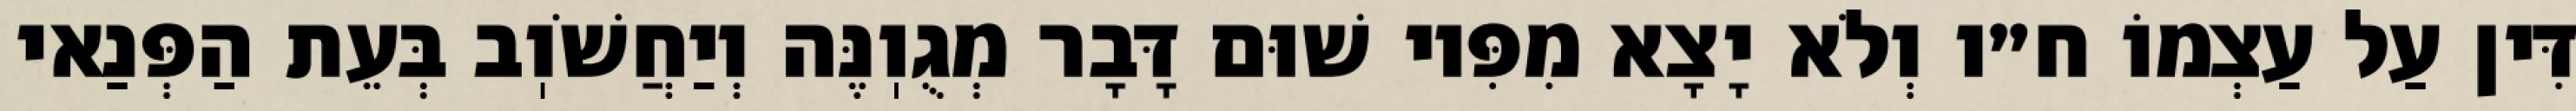
דִּין עַל עַצְמוֹ ח״ו וְלֹא יָצָא מִפִּיו שׁוּם דָּבָר מְגֻוֽנֶּה וְיַחֲשֹׁוֽב בְּעֵת הַפְּנַאי